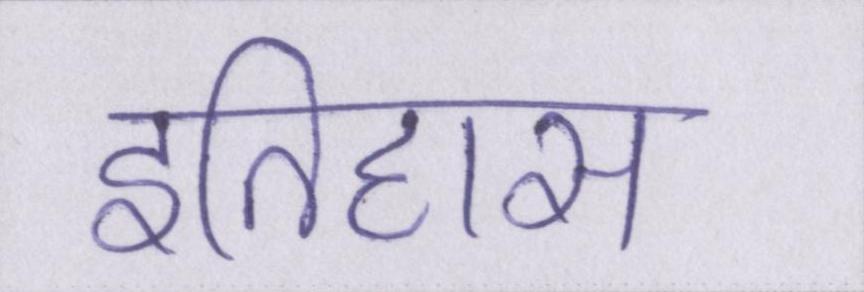
इतिहास